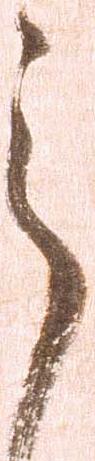
之